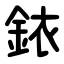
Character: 銥